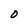
Character: 0